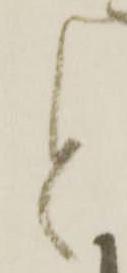
と